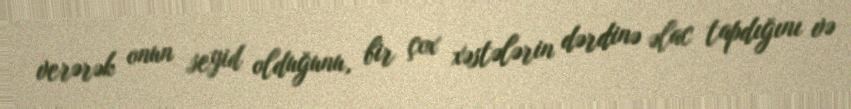
verərək onun seyid olduğunu, bir çox xəstələrin dərdinə əlac tapdığını və